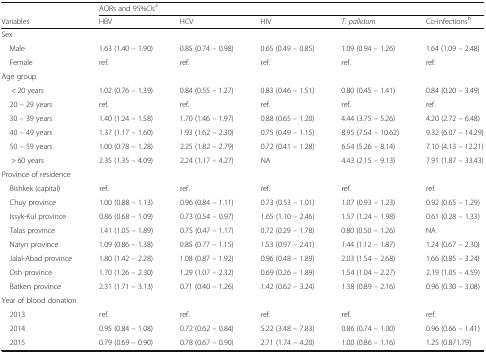
<table><thead><tr><td>[EMPTY_CELL]</td><td colspan="5"><b>AORs and 95%<i>CI</i>s<sup>a</sup></b></td></tr><tr><td><b>Variables</b></td><td><b>HBV</b></td><td><b>HCV</b></td><td><b>HIV</b></td><td><b><i>T. pallidum</i></b></td><td><b>Co-infections<sup>b</sup></b></td></tr></thead><tbody><tr><td colspan="6">Sex</td></tr><tr><td> Male</td><td>1.63 (1.40 – 1.90)</td><td>0.85 (0.74 – 0.98)</td><td>0.65 (0.49 – 0.85)</td><td>1.09 (0.94 – 1.26)</td><td>1.64 (1.09 – 2.48)</td></tr><tr><td> Female</td><td>ref.</td><td>ref.</td><td>ref.</td><td>ref.</td><td>ref.</td></tr><tr><td colspan="6">Age group</td></tr><tr><td>&lt; 20 years</td><td>1.02 (0.76 – 1.39)</td><td>0.84 (0.55 – 1.27)</td><td>0.83 (0.46 – 1.51)</td><td>0.80 (0.45 – 1.41)</td><td>0.84 (0.20 – 3.49)</td></tr><tr><td> 20 – 29 years</td><td>ref.</td><td>ref.</td><td>ref.</td><td>ref.</td><td>ref.</td></tr><tr><td> 30 – 39 years</td><td>1.40 (1.24 – 1.58)</td><td>1.70 (1.46 – 1.97)</td><td>0.88 (0.65 – 1.20)</td><td>4.44 (3.75 – 5.26)</td><td>4.20 (2.72 – 6.48)</td></tr><tr><td> 40 – 49 years</td><td>1.37 (1.17 – 1.60)</td><td>1.93 (1.62 – 2.30)</td><td>0.75 (0.49 – 1.15)</td><td>8.95 (7.54 – 10.62)</td><td>9.32 (6.07 – 14.29)</td></tr><tr><td> 50 – 59 years</td><td>1.00 (0.78 – 1.28)</td><td>2.25 (1.82 – 2.79)</td><td>0.72 (0.41 – 1.28)</td><td>6.54 (5.26 – 8.14)</td><td>7.10 (4.13 – 12.21)</td></tr><tr><td>&gt; 60 years</td><td>2.35 (1.35 – 4.09)</td><td>2.24 (1.17 – 4.27)</td><td>NA</td><td>4.43 (2.15 – 9.13)</td><td>7.91 (1.87 – 33.43)</td></tr><tr><td colspan="6">Province of residence</td></tr><tr><td> Bishkek (capital)</td><td>ref.</td><td>ref.</td><td>ref.</td><td>ref.</td><td>ref.</td></tr><tr><td> Chuy province</td><td>1.00 (0.88 – 1.13)</td><td>0.96 (0.84 – 1.11)</td><td>0.73 (0.53 – 1.01)</td><td>1.07 (0.93 – 1.23)</td><td>0.92 (0.65 – 1.29)</td></tr><tr><td> Issyk-Kul province</td><td>0.86 (0.68 – 1.09)</td><td>0.73 (0.54 – 0.97)</td><td>1.65 (1.10 – 2.46)</td><td>1.57 (1.24 – 1.98)</td><td>0.61 (0.28 – 1.33)</td></tr><tr><td> Talas province</td><td>1.41 (1.05 – 1.89)</td><td>0.75 (0.47 – 1.17)</td><td>0.72 (0.29 – 1.78)</td><td>0.80 (0.50 – 1.26)</td><td>NA</td></tr><tr><td> Naryn province</td><td>1.09 (0.86 – 1.38)</td><td>0.85 (0.77 – 1.15)</td><td>1.53 (0.97 – 2.41)</td><td>1.44 (1.12 – 1.87)</td><td>1.24 (0.67 – 2.30)</td></tr><tr><td> Jalal-Abad province</td><td>1.80 (1.42 – 2.28)</td><td>1.08 (0.87 – 1.92)</td><td>0.96 (0.48 – 1.89)</td><td>2.03 (1.54 – 2.68)</td><td>1.66 (0.85 – 3.24)</td></tr><tr><td> Osh province</td><td>1.70 (1.26 – 2.30)</td><td>1.29 (1.07 – 2.32)</td><td>0.69 (0.26 – 1.89)</td><td>1.54 (1.04 – 2.27)</td><td>2.19 (1.05 – 4.59)</td></tr><tr><td> Batken province</td><td>2.31 (1.71 – 3.13)</td><td>0.71 (0.40 – 1.26)</td><td>1.42 (0.62 – 3.24)</td><td>1.38 (0.89 – 2.16)</td><td>0.96 (0.30 – 3.08)</td></tr><tr><td colspan="6">Year of blood donation</td></tr><tr><td> 2013</td><td>ref.</td><td>ref.</td><td>ref.</td><td>ref.</td><td>ref.</td></tr><tr><td> 2014</td><td>0.95 (0.84 – 1.08)</td><td>0.72 (0.62 – 0.84)</td><td>5.22 (3.48 – 7.83)</td><td>0.86 (0.74 – 1.00)</td><td>0.96 (0.66 – 1.41)</td></tr><tr><td> 2015</td><td>0.79 (0.69 – 0.90)</td><td>0.78 (0.67 – 0.90)</td><td>2.71 (1.74 – 4.20)</td><td>1.00 (0.86 – 1.16)</td><td>1.25 (0.871.79)</td></tr></tbody></table>